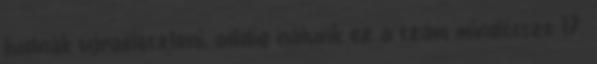
tudnak újraéleszteni, addig nálunk ez a szám mindössze 17.